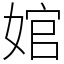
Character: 婠